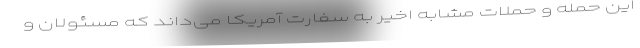
این حمله و حملات مشابه اخیر به سفارت آمریکا می‌داند که مسئولان و